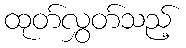
ထုတ်လွှတ်သည့်